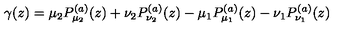
\gamma ( z ) = \mu _ { 2 } P _ { \mu _ { 2 } } ^ { ( a ) } ( z ) + \nu _ { 2 } P _ { \nu _ { 2 } } ^ { ( a ) } ( z ) - \mu _ { 1 } P _ { \mu _ { 1 } } ^ { ( a ) } ( z ) - \nu _ { 1 } P _ { \nu _ { 1 } } ^ { ( a ) } ( z )